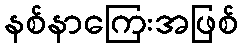
နစ်နာကြေးအဖြစ်